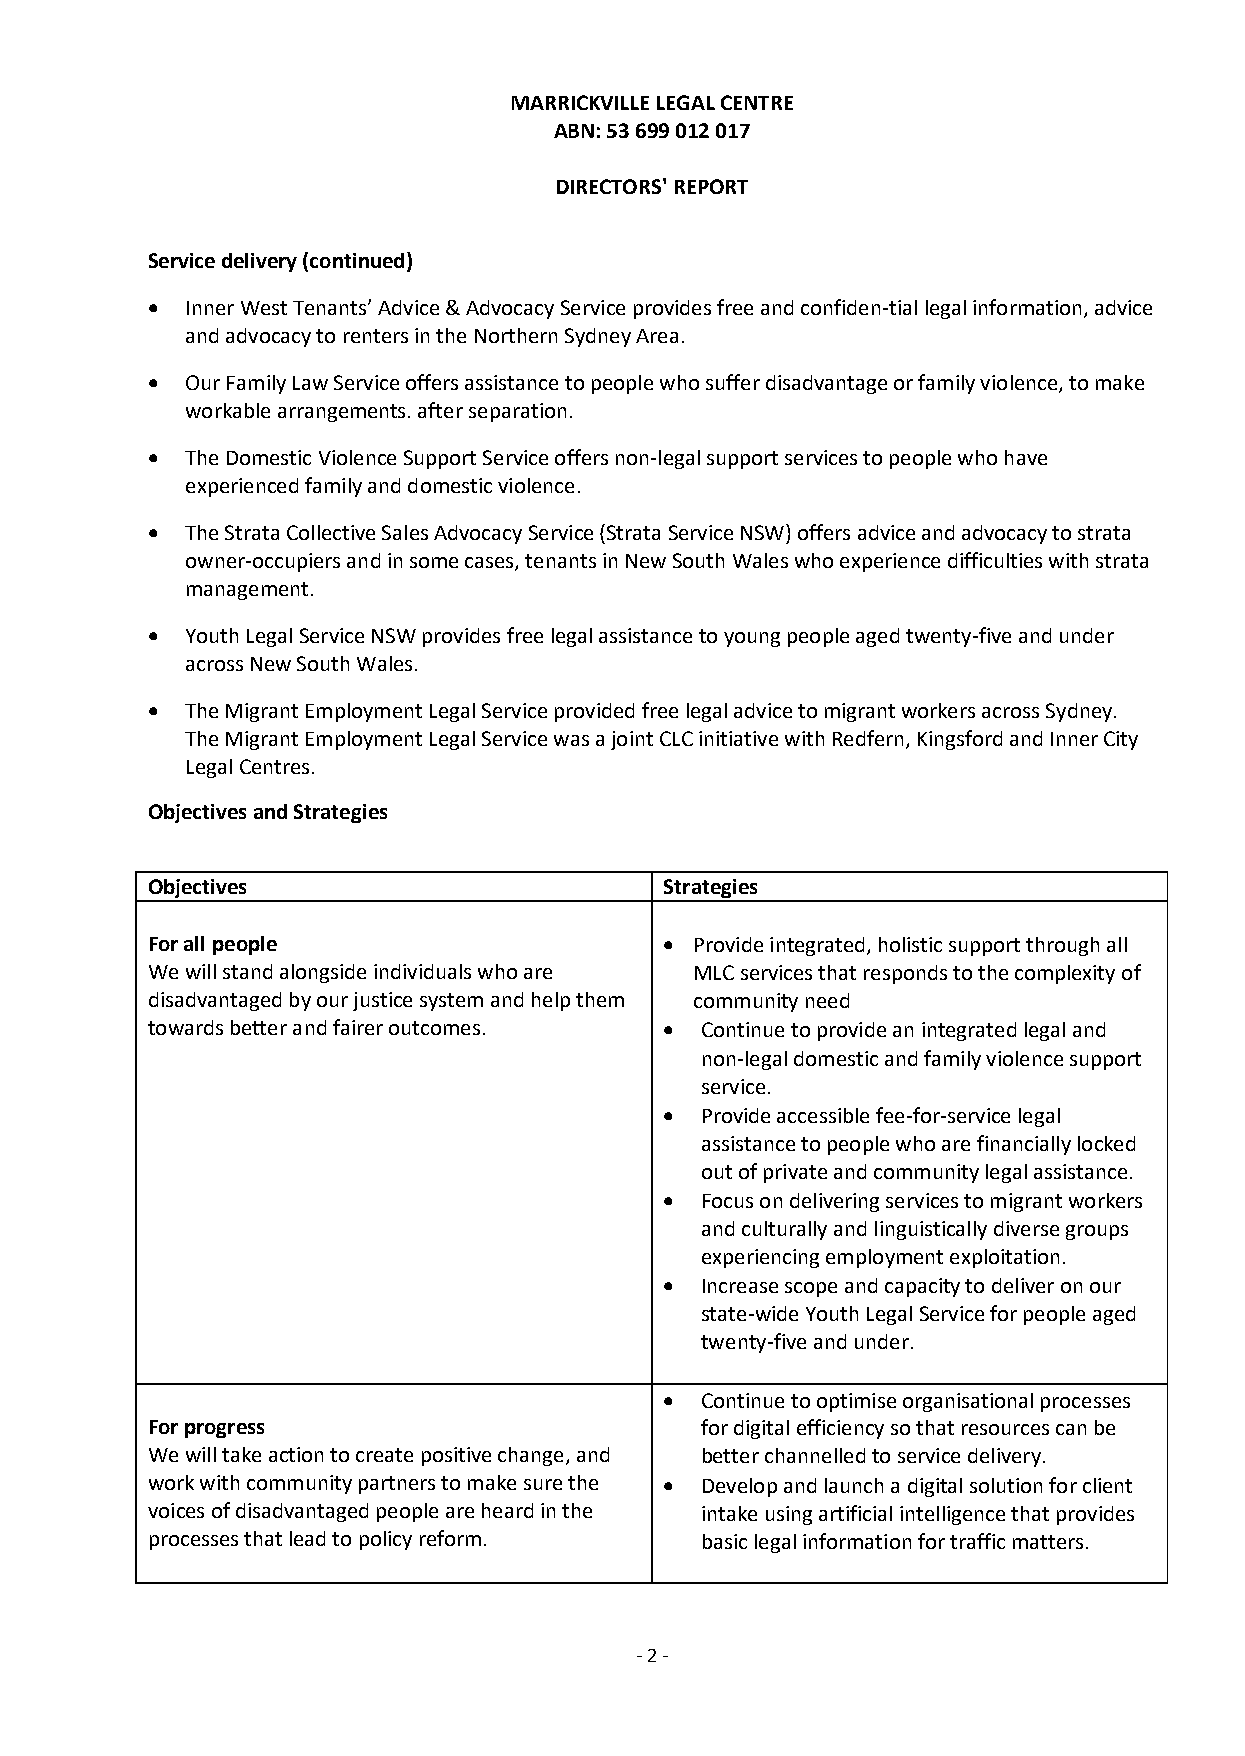
MARRICKVILLE LEGAL CENTRE
 ABN: 53 699 012 017
 DIRECTORS' REPORT
 Service delivery (continued)
 • Inner West Tenants’ Advice & Advocacy Service provides free and confiden­tial legal information, advice
 and advocacy to renters in the Northern Sydney Area.
 • Our Family Law Service offers assistance to people who suffer disadvantage or family violence, to make
 workable arrangements. after separation.
 • The Domestic Violence Support Service offers non-legal support services to people who have
 experienced family and domestic violence.
 • The Strata Collective Sales Advocacy Service (Strata Service NSW) offers advice and advocacy to strata
 owner-occupiers and in some cases, tenants in New South Wales who experience difficulties with strata
 management.
 • Youth Legal Service NSW provides free legal assistance to young people aged twenty-five and under
 across New South Wales.
 • The Migrant Employment Legal Service provided free legal advice to migrant workers across Sydney.
 The Migrant Employment Legal Service was a joint CLC initiative with Redfern, Kingsford and Inner City
 Legal Centres.
 Objectives and Strategies
 Objectives                        Strategies
 For all people                    • Provide integrated, holistic support through all
 We will stand alongside individuals who are MLC services that responds to the complexity of
 disadvantaged by our justice system and help them community need
 towards better and fairer outcomes. • Continue to provide an integrated legal and
 non-legal domestic and family violence support
 service.
 • Provide accessible fee-for-service legal
 assistance to people who are financially locked
 out of private and community legal assistance.
 • Focus on delivering services to migrant workers
 and culturally and linguistically diverse groups
 experiencing employment exploitation.
 • Increase scope and capacity to deliver on our
 state-wide Youth Legal Service for people aged
 twenty-five and under.
 • Continue to optimise organisational processes
 For progress                        for digital efficiency so that resources can be
 We will take action to create positive change, and better channelled to service delivery.
 work with community partners to make sure the • Develop and launch a digital solution for client
 voices of disadvantaged people are heard in the intake using artificial intelligence that provides
 processes that lead to policy reform. basic legal information for traffic matters.
 - 2 -